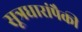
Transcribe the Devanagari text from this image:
सूत्रधारांपैकी